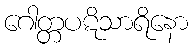
ဂေါတ္တပဋိသာရိနော